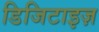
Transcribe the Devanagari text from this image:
डिजिटाइज़